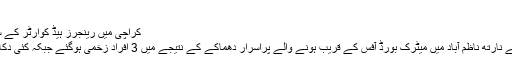
کرشناراج ...
کراچی میں رینجرز ہیڈ کوارٹر کے سامنے پراسرار دھماکا‘3 افراد زخمی
لاہور(ویب ڈیسک): کراچی کے علاقے نارتھ ناظم آباد میں میٹرک بورڈ آفس کے قریب ہونے والے پراسرار دھماکے کے نتیجے میں 3 افراد زخمی ہوگئے جبکہ کئی دکانوں اور گاڑیوں کو بھی نقصان پہنچا۔